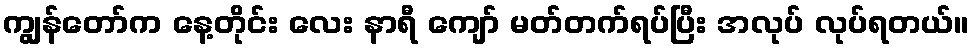
ကျွန်တော်က နေ့တိုင်း လေး နာရီ ကျော် မတ်တက်ရပ်ပြီး အလုပ် လုပ်ရတယ်။